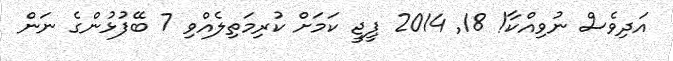
އަދިވެސް ނުވިއްކާ! 18